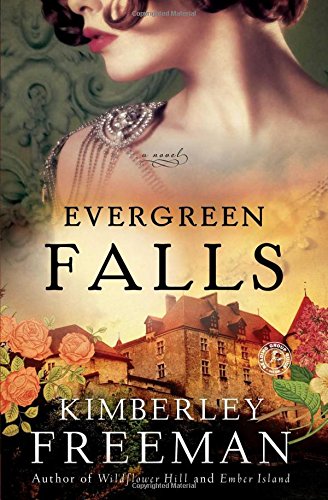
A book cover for Evergreen Falls: A Novel; Kimberley Freeman; Literature & Fiction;